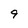
Character: 9